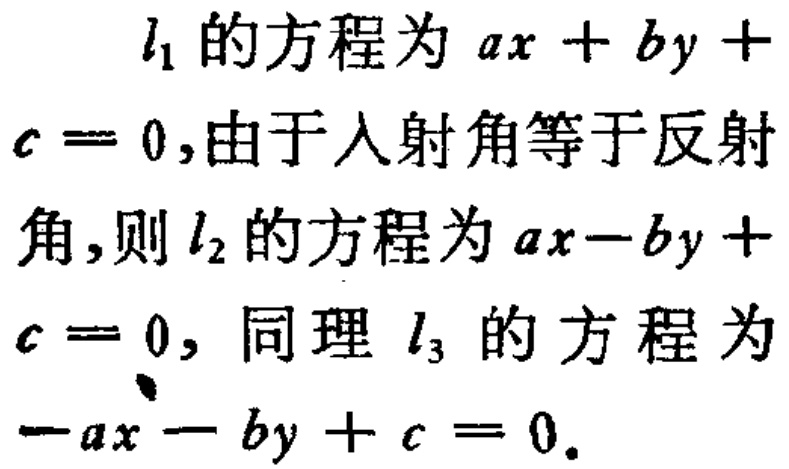
\(l_{1}\)的方程为\(ax + by + c = 0\),由于入射角等于反射角,则\(l_{2}\)的方程为\(ax - by + c = 0\), 同理\(l_{3}\)的方程为\(-ax - by + c = 0\).